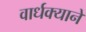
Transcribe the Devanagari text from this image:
वार्धक्याने